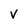
Character: V